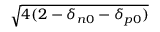
\sqrt { 4 ( 2 - \delta _ { n 0 } - \delta _ { p 0 } ) }